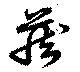
蔵